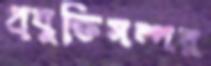
প্রযুক্তিসম্পন্ন